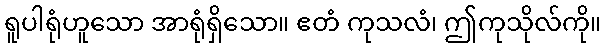
ရူပါရုံဟူသော အာရုံရှိသော။ ဧတံ ကုသလံ၊ ဤကုသိုလ်ကို။